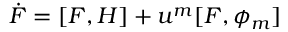
\dot { F } = [ F , H ] + u ^ { m } [ F , \phi _ { m } ]